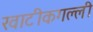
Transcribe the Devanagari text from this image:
खाटीकगल्ली